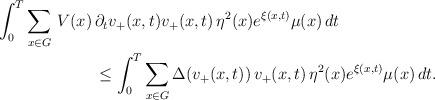
LaTeX: \begin{align*}\begin{aligned}\int_0^T\sum_{x\in G}\,V(x)\,&\partial_t v_+(x,t) v_+(x,t) \,\eta^2(x)e^{\xi(x,t)}\mu(x)\,dt\\&\le \int_0^T\sum_{x\in G}\Delta(v_+(x,t))\,v_+(x,t)\,\eta^2(x)e^{\xi(x,t)}\mu(x)\,dt.\end{aligned}\end{align*}